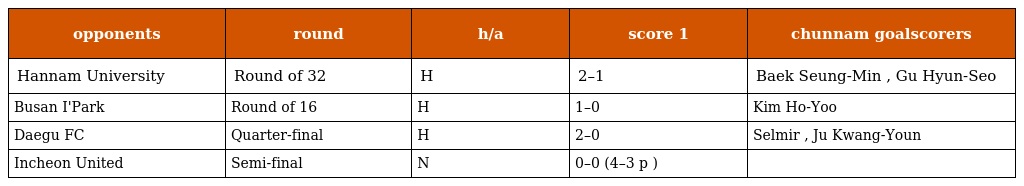
| opponents | round | h/a | score 1 | chunnam goalscorers |
 | --- | --- | --- | --- | --- |
 | Hannam University | Round of 32 | H | 2–1 | Baek Seung-Min , Gu Hyun-Seo |
 | Busan I'Park | Round of 16 | H | 1–0 | Kim Ho-Yoo |
 | Daegu FC | Quarter-final | H | 2–0 | Selmir , Ju Kwang-Youn |
 | Incheon United | Semi-final | N | 0–0 (4–3 p ) |  |